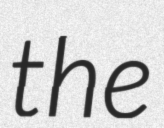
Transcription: the